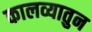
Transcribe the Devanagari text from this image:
कालव्यातुन